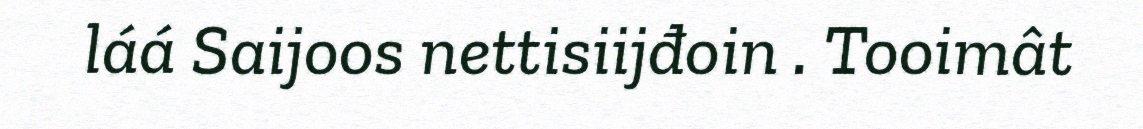
láá Saijoos nettisiijđoin . Tooimât